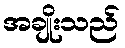
အချိုးသည်